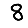
Digit: 8